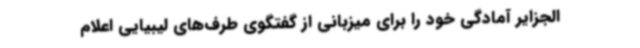
الجزایر آمادگی خود را برای میزبانی از گفتگوی طرف‌های لیبیایی اعلام